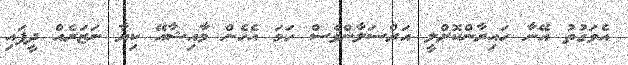
އެވަގުތު އޭނާ ހައިރާންކޮށްލީ އަރްސަލާންވެސް ހަމަ އެހެން މާއިޝާއޭ ކިޔާ ނަޒަރެއް ދީފައި